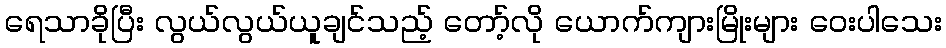
ရေသာခိုပြီး လွယ်လွယ်ယူချင်သည့် တော့်လို ယောက်ကျားမြိုးများ ဝေးပါသေး